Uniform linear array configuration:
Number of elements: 64
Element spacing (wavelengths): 1
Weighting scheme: exponential
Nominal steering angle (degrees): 0
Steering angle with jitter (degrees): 1.934
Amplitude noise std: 0.05
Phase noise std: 0.05

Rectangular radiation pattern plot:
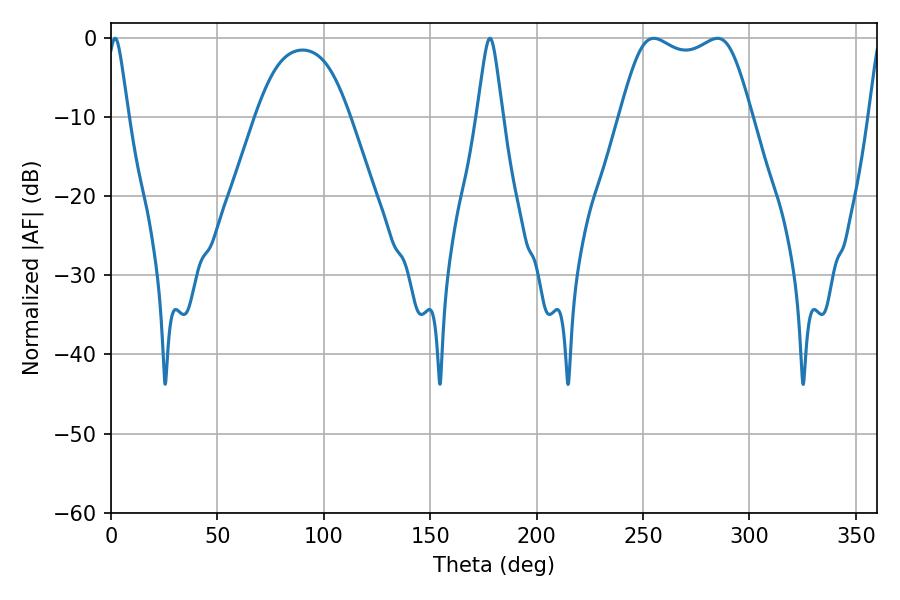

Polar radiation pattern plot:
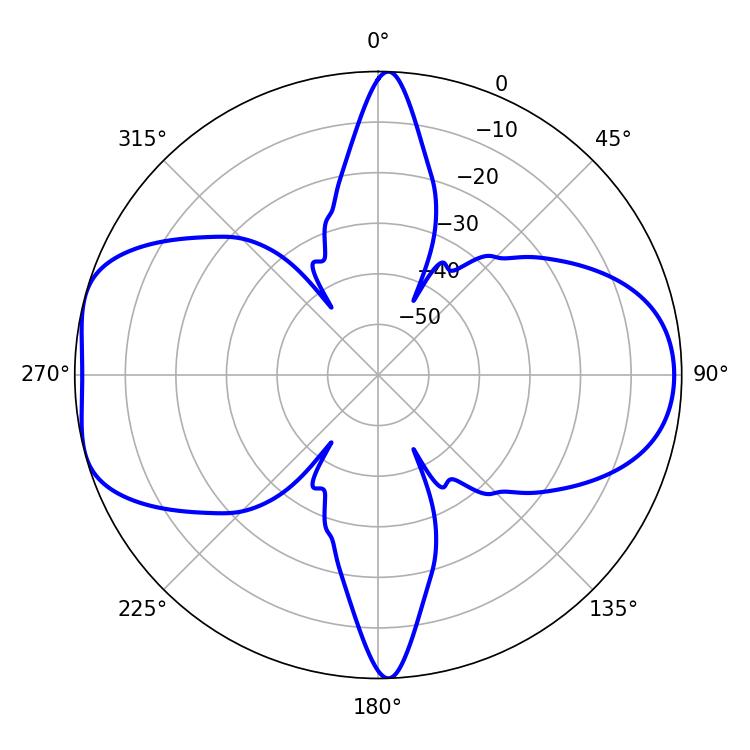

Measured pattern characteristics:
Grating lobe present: TRUE
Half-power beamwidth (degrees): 47.52
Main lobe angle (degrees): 255.06